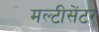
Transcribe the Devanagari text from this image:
मल्टीसेंटर